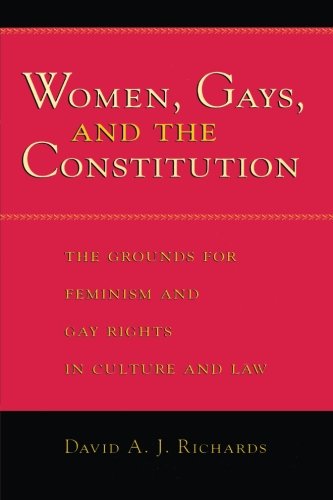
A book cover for Women, Gays, and the Constitution: The Grounds for Feminism and Gay Rights in Culture and Law; David A. J. Richards; Gay & Lesbian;